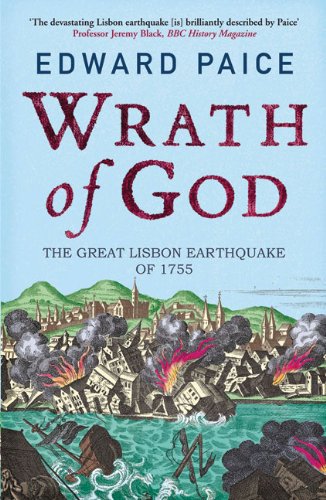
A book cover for Wrath of God: The Great Lisbon Earthquake of 1755; Edward Paice; Science & Math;